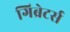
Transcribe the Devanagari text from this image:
गिब्रेटर्स